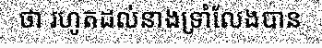
ថា រហូតដល់នាងទ្រាំលែងបាន